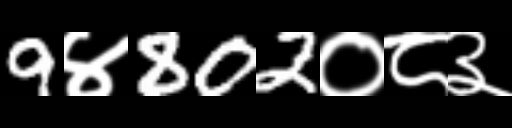
Text: 9४802०८३